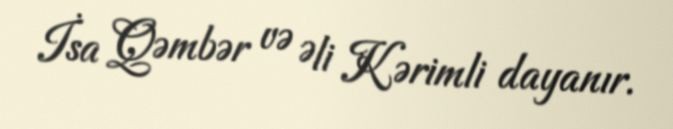
İsa Qəmbər və Əli Kərimli dayanır.